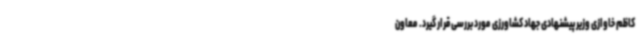
کاظم خاوازی وزیر پیشنهادی جهاد کشاورزی مورد بررسی قرار گیرد. معاون